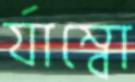
র‍্যাম্বো